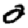
Digit: 0